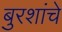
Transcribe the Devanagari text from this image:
बुरशांचे